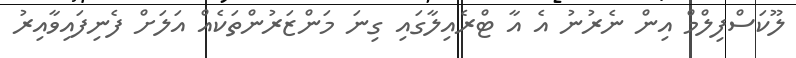
ލޫކަސްފިލްމް އިން ނެރުނު އެ އާ ޓްރެއިލާގައި ގިނަ މަންޒަރުންތަކެއް އަލަށް ފެނިފައިވާއިރު